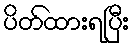
ပိတ်ထားရပြီး